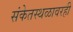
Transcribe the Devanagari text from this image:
संकेतस्थळावरही